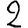
Digit: 2